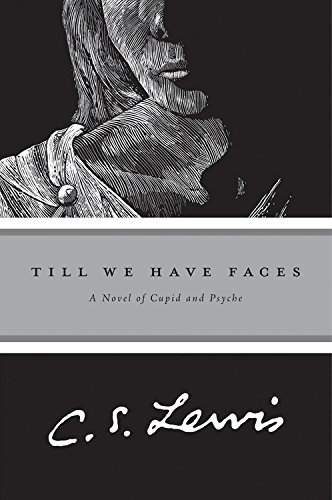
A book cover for Till We Have Faces: A Myth Retold; C.S. Lewis; Literature & Fiction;